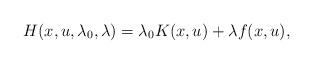
LaTeX: \begin{align*} H(x,u,\lambda_0,\lambda) = \lambda_0 K(x,u) + \lambda f(x,u),\end{align*}